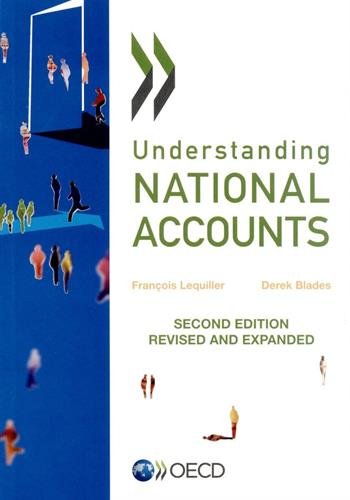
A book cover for Understanding National Accounts (Volume 2014); Organization for Economic Cooperation and Development OECD; Business & Money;